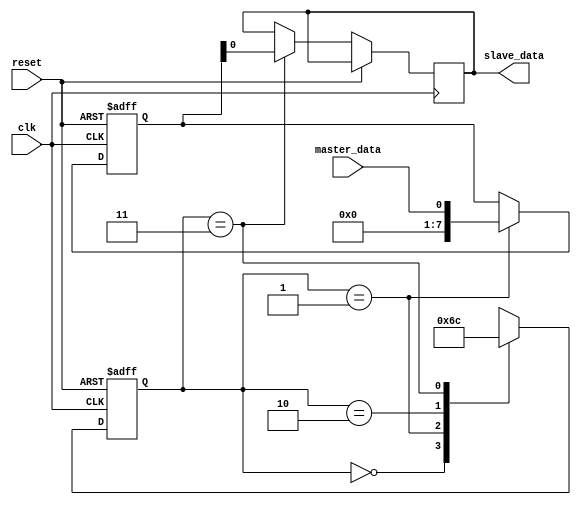
module spi_controller (
    input wire clk,
    input wire reset,
    input wire master_data,
    output reg slave_data
);

reg [1:0] state;
reg clock;
reg [7:0] data_reg;

always @(posedge clk or posedge reset) begin
    if (reset) begin
        state <= 2'b00;
        clock <= 1'b0;
        data_reg <= 8'b0;
    end else begin
        case (state)
            2'b00: begin // Generate clock signal
                clock <= ~clock;
                state <= 2'b01;
            end
            2'b01: begin // Handle data synchronization
                data_reg <= master_data;
                state <= 2'b10;
            end
            2'b10: begin // Enforce timing constraints
                // Perform timing operations here
                state <= 2'b11;
            end
            2'b11: begin // Sequence data transmission
                slave_data <= data_reg;
                state <= 2'b00;
            end
        endcase
    end
end

endmodule